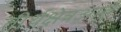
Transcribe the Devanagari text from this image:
तीर्थक्षेत्रआहे